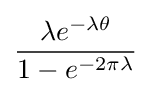
{\frac {\lambda e^{-\lambda \theta }}{1-e^{-2\pi \lambda }}}